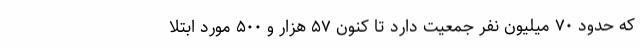
که حدود ۷۰ میلیون نفر جمعیت دارد تا کنون ۵۷ هزار و ۵۰۰ مورد ابتلا